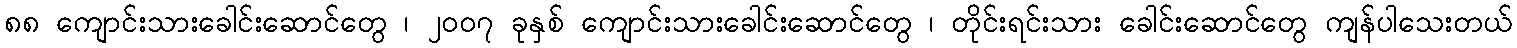
၈၈ ကျောင်းသားခေါင်းဆောင်တွေ ၊ ၂၀၀၇ ခုနှစ် ကျောင်းသားခေါင်းဆောင်တွေ ၊ တိုင်းရင်းသား ခေါင်းဆောင်တွေ ကျန်ပါသေးတယ်